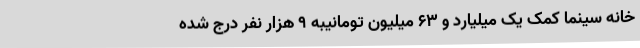
خانه سینما کمک یک میلیارد و 63 میلیون تومانیبه 9 هزار نفر درج شده